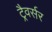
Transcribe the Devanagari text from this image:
ट्रैवर्सर